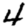
Digit: 4